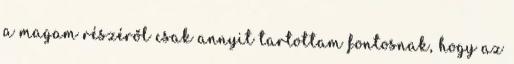
a magam részéről csak annyit tartottam fontosnak, hogy az